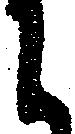
に